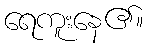
ရေကူးနေ၏။